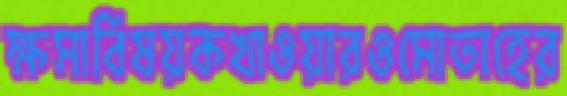
ক্ষমাবিষয়কখাওয়ারওমোতাহের